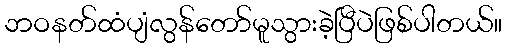
ဘဝနတ်ထံပျံလွန်တော်မူသွားခဲ့ပြီပဲဖြစ်ပါတယ်။